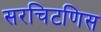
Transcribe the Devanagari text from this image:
सरचिटणिस